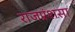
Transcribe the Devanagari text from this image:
राजप्रंशसा